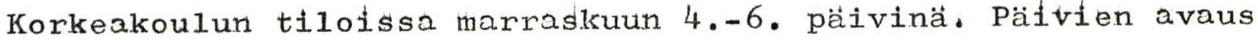
Korkeakoulun tiloissa marraskuun 4.-6. päivinä. Päivien avaus